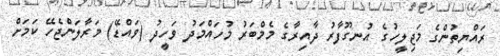
ރައްޔިތުންގެ މަޖިލީހުގެ އުނގޫފާރު ދާއިރާގެ މެމްބަރު މުހައްމަދު ވަހީދު (ވައްޑޭ) މަރާލަންޖެހޭ ކަމަށް